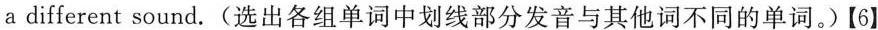
a different sound. (选出各组单词中划线部分发音与其他词不同的单词.)【6】